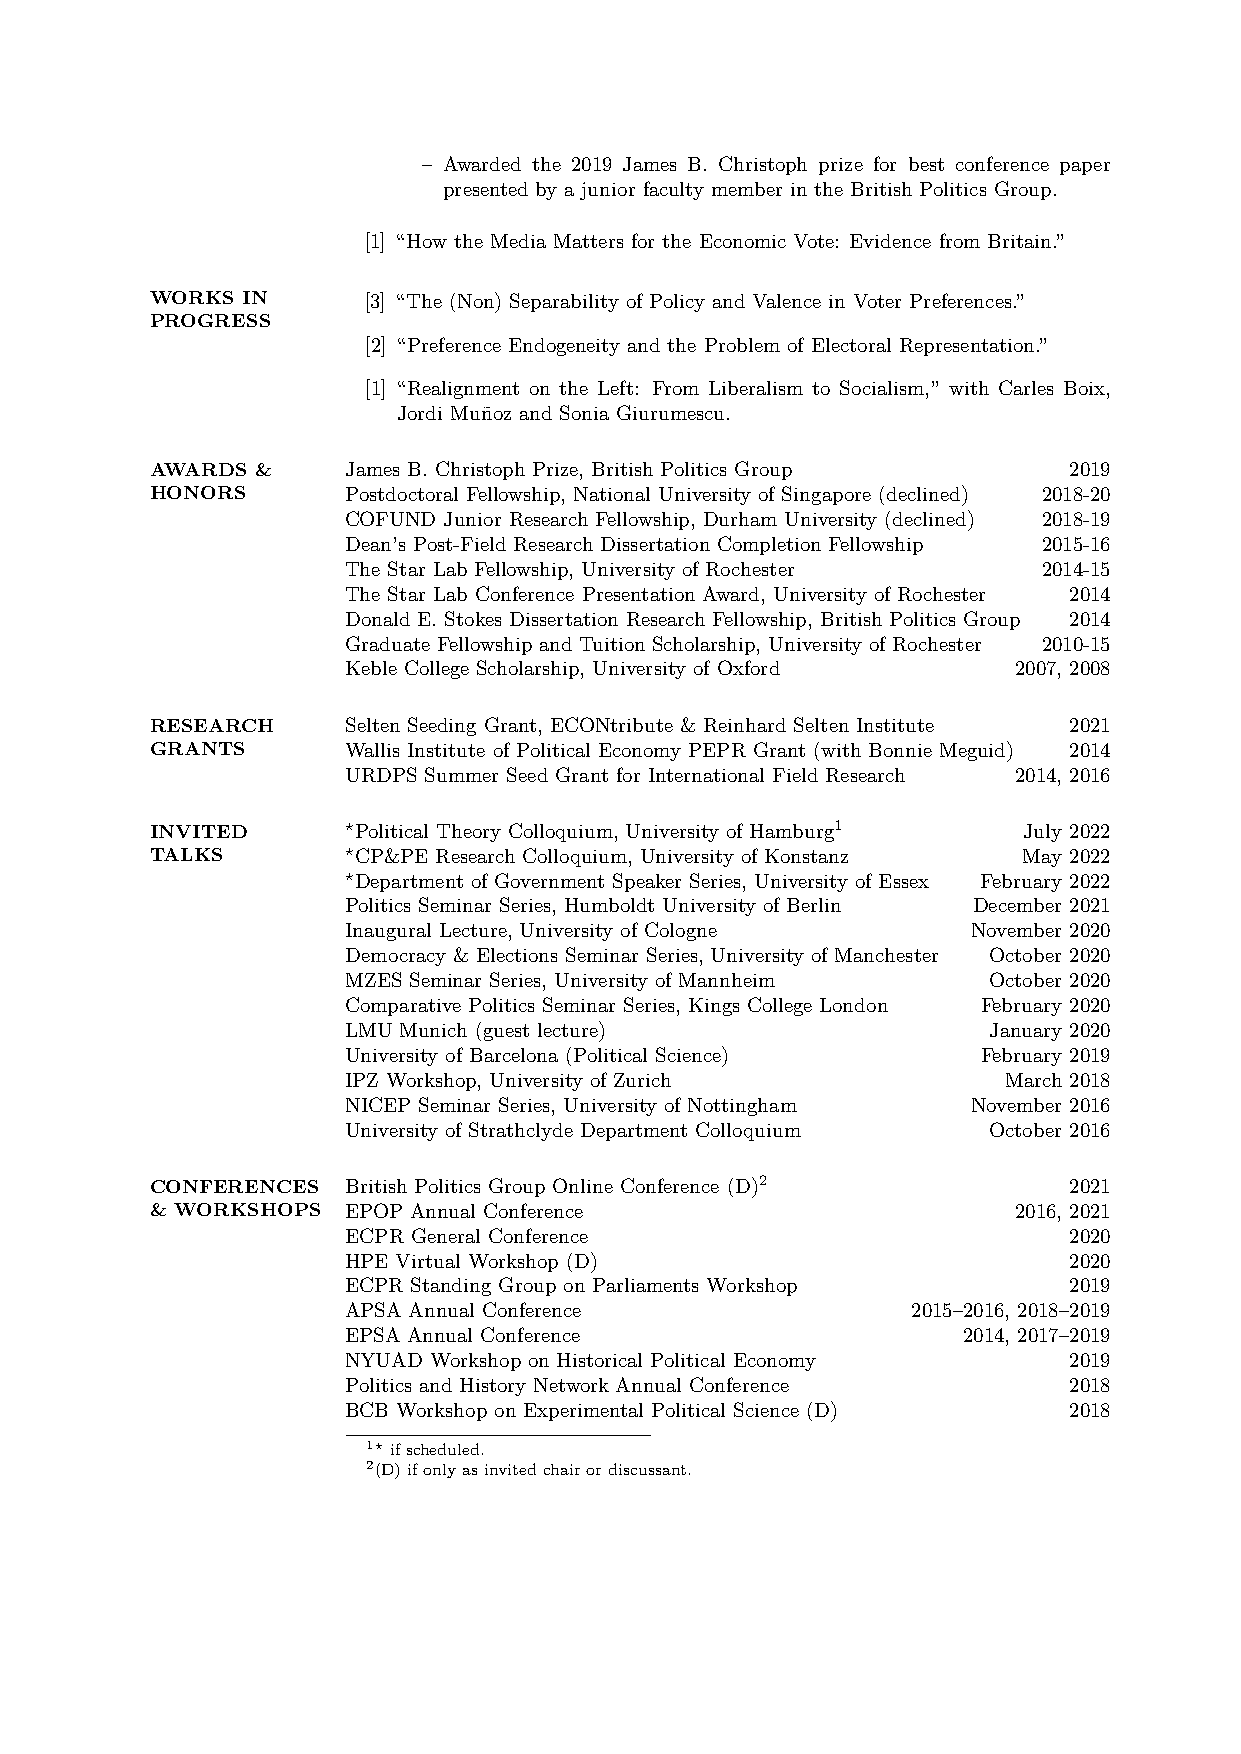
– Awarded the 2019 James B. Christoph prize for best conference paper
 presented by a junior faculty member in the British Politics Group.
 [1] “How the Media Matters for the Economic Vote: Evidence from Britain.”
 WORKS IN      [3] “The (Non) Separability of Policy and Valence in Voter Preferences.”
 PROGRESS
 [2] “Preference Endogeneity and the Problem of Electoral Representation.”
 [1] “Realignment on the Left: From Liberalism to Socialism,” with Carles Boix,
 Jordi Muñoz and Sonia Giurumescu.
 AWARDS &     James B. Christoph Prize, British Politics Group 2019
 HONORS       Postdoctoral Fellowship, National University of Singapore (declined) 2018-20
 COFUND Junior Research Fellowship, Durham University (declined) 2018-19
 Dean’s Post-Field Research Dissertation Completion Fellowship 2015-16
 The Star Lab Fellowship, University of Rochester 2014-15
 The Star Lab Conference Presentation Award, University of Rochester 2014
 Donald E. Stokes Dissertation Research Fellowship, British Politics Group 2014
 Graduate Fellowship and Tuition Scholarship, University of Rochester 2010-15
 Keble College Scholarship, University of Oxford 2007, 2008
 RESEARCH     Selten Seeding Grant, ECONtribute & Reinhard Selten Institute 2021
 GRANTS       Wallis Institute of Political Economy PEPR Grant (with Bonnie Meguid) 2014
 URDPS Summer Seed Grant for International Field Research 2014, 2016
 INVITED      ⋆Political Theory Colloquium, University of Hamburg1 July 2022
 TALKS        ⋆CP&PE Research Colloquium, University of Konstanz May 2022
 ⋆Department of Government Speaker Series, University of Essex February 2022
 Politics Seminar Series, Humboldt University of Berlin December 2021
 Inaugural Lecture, University of Cologne November 2020
 Democracy & Elections Seminar Series, University of Manchester October 2020
 MZES Seminar Series, University of Mannheim October 2020
 Comparative Politics Seminar Series, Kings College London February 2020
 LMU Munich (guest lecture)                January 2020
 University of Barcelona (Political Science) February 2019
 IPZ Workshop, University of Zurich         March 2018
 NICEP Seminar Series, University of Nottingham November 2016
 University of Strathclyde Department Colloquium October 2016
 CONFERENCES  British Politics Group Online Conference (D)2   2021
 & WORKSHOPS  EPOP Annual Conference                      2016, 2021
 ECPR General Conference                         2020
 HPE Virtual Workshop (D)                        2020
 ECPR Standing Group on Parliaments Workshop     2019
 APSA Annual Conference               2015–2016, 2018–2019
 EPSA Annual Conference                   2014, 2017–2019
 NYUAD Workshop on Historical Political Economy  2019
 Politics and History Network Annual Conference  2018
 BCB Workshop on Experimental Political Science (D) 2018
 1⋆ ifscheduled.
 2(D)ifonlyasinvitedchairordiscussant.